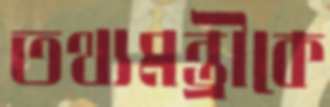
তথ্যমন্ত্রীকে